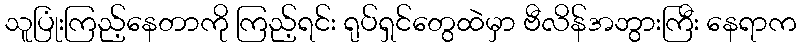
သူပြုံးကြည့်နေတာကို ကြည့်ရင်း ရုပ်ရှင်တွေထဲမှာ ဗီလိန်အဘွားကြီး နေရာက